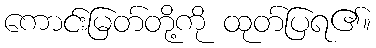
ကောင်းမြတ်တို့ကို ထုတ်ပြရ၏။